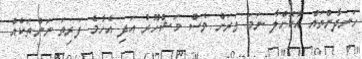
ހަނދާންތައް އާކޮށްލާ ނަމަ ވަރަށް ވެސް މަޝްހޫރު އަދި އެހާމެ ފަރިތަ ނަންތަކެއް